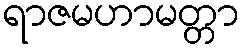
ရာဇမဟာမတ္တာ